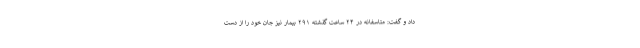
داد و گفت: متاسفانه در ۲۴ ساعت گذشته ۲۹۱ بیمار نیز جان خود را از دست